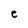
Character: e